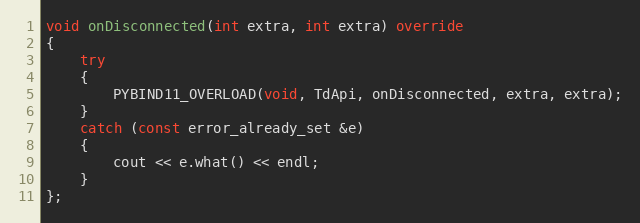
Language: C++
void onDisconnected(int extra, int extra) override
{
	try
	{
		PYBIND11_OVERLOAD(void, TdApi, onDisconnected, extra, extra);
	}
	catch (const error_already_set &e)
	{
		cout << e.what() << endl;
	}
};